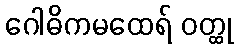
ဂေါဓိကမထေရ် ဝတ္ထု